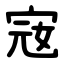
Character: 宼